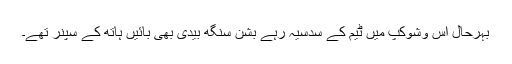
بہرحال اس وشوکپ میں ٹیم کے سدسیہ رہے بشن سنگھ بیدی بھی بائیں ہاتھ کے سپنر تھے۔